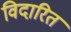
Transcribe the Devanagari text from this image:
विदारित